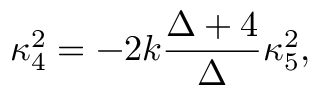
\kappa _ { 4 } ^ { 2 } = - 2 k \frac { \Delta + 4 } { \Delta } \kappa _ { 5 } ^ { 2 } ,